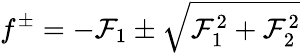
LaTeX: f^{\pm}=-{\cal F}_{1}\pm\sqrt{{\cal F}_{1}^{2}+{\cal F}_{2}^{2}}